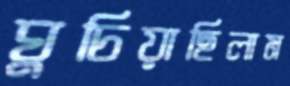
ঘুচিয়াছিলাম